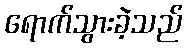
ရောက်သွားခဲ့သည်